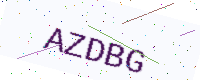
Text: AZDBG